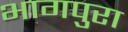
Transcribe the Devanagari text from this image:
भागपुरा